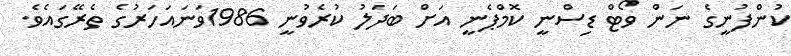
ކުންފުނީގެ ނަން ވޯޓް ޑިސްނީ ކޮމްޕެނީ އަށް ބަދަލު ކުރެވުނީ 1986ވަނައަހަރުގެ ތެރޭގައެވެ.